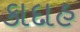
કાદાહ